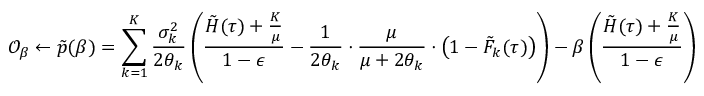
\mathcal { O } _ { \beta } \gets \tilde { p } ( \beta ) = \sum _ { k = 1 } ^ { K } \frac { \sigma _ { k } ^ { 2 } } { 2 \theta _ { k } } \left( \frac { \tilde { H } ( \tau ) + \frac { K } { \mu } } { 1 - \epsilon } - \frac { 1 } { 2 \theta _ { k } } \cdot \frac { \mu } { \mu + 2 \theta _ { k } } \cdot \left( 1 - \tilde { F } _ { k } ( \tau ) \right) \right) - \beta \left( \frac { \tilde { H } ( \tau ) + \frac { K } { \mu } } { 1 - \epsilon } \right)